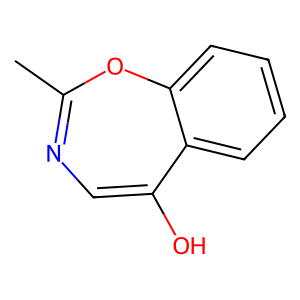
SMILES: CC1=NC=C(O)c2ccccc2O1
Inhibits HIV replication: No